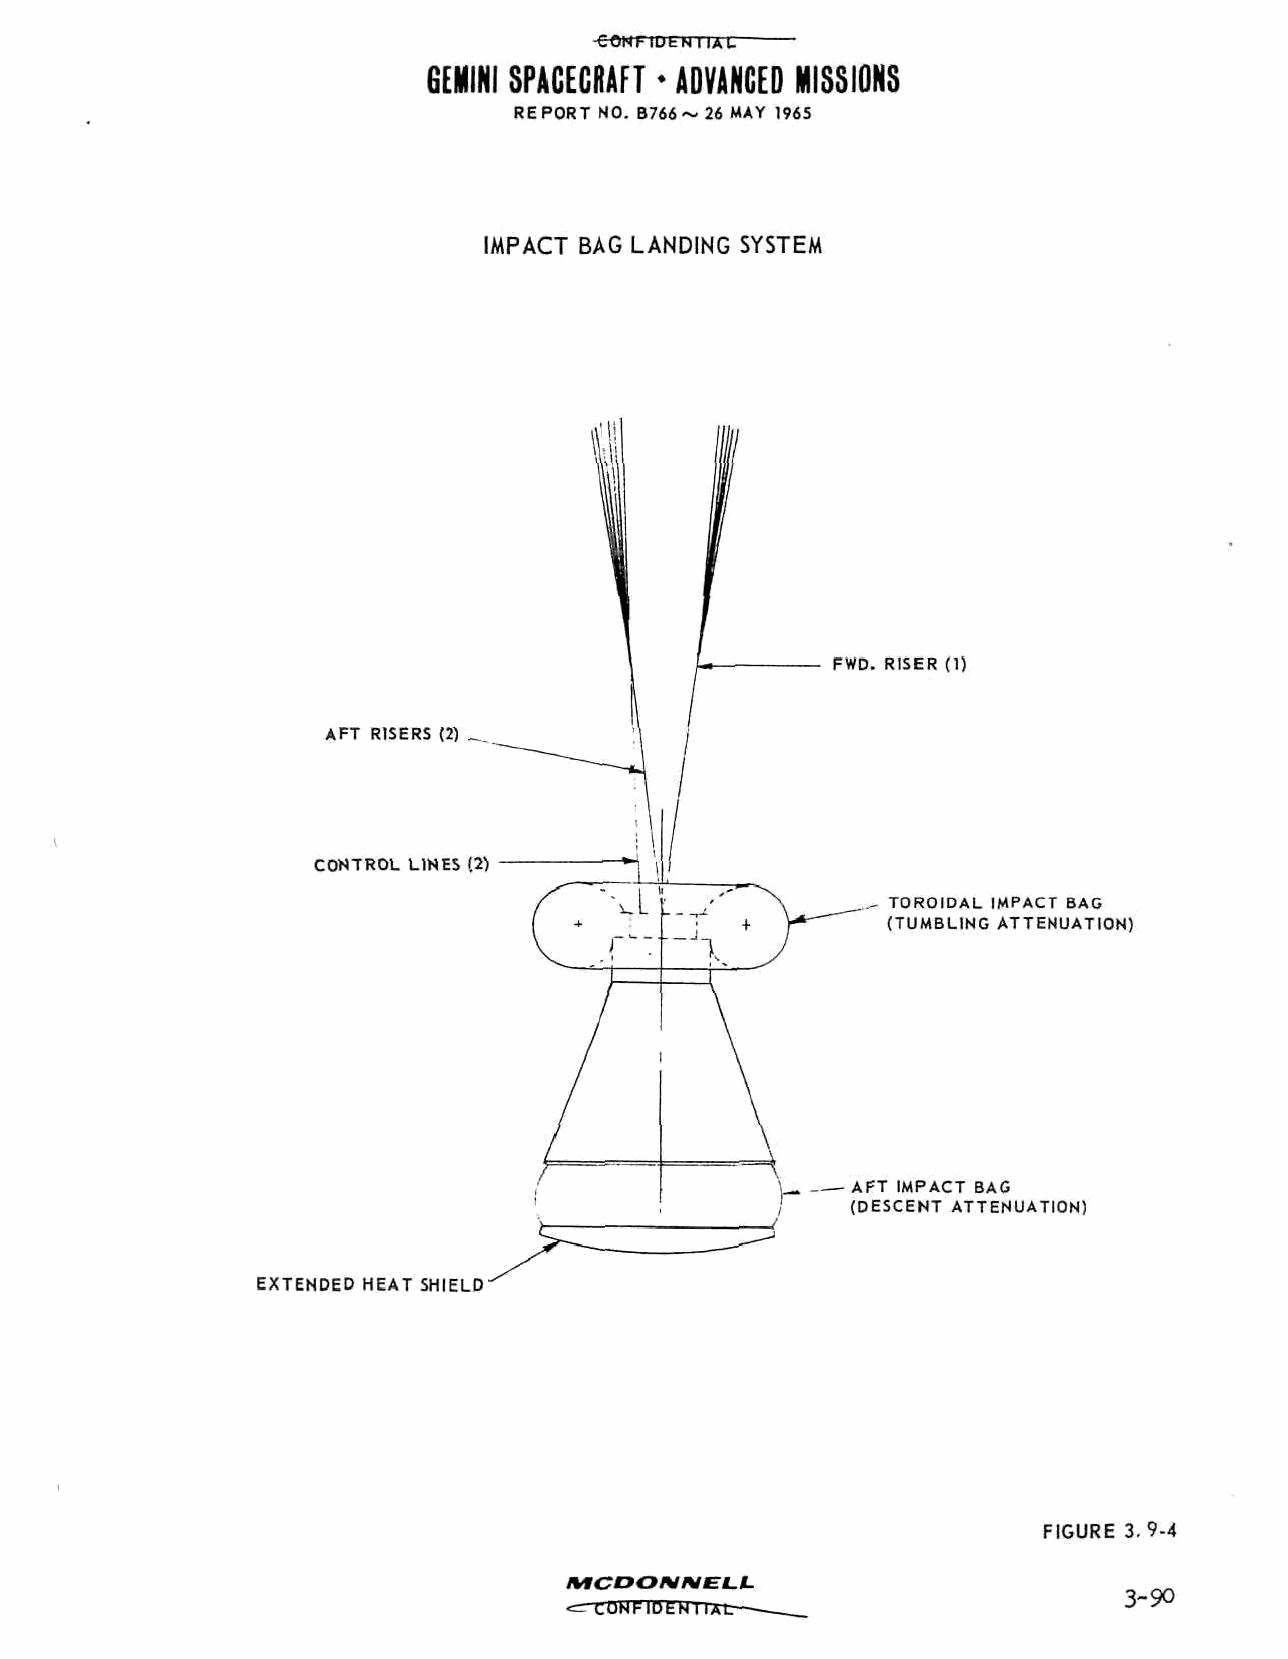
-eONFiaENIIAU
 GEMINI SPACECRAFT * ADVANCED MISSIONS
 REPORT NO. B766~ 26 MAY 1965
 IMPACT BAG LANDING SYSTEM
 FWD. RISER (1)
 AFT RISERS (2)
 CONTROL LINES (2)
 TOROIDAL IMPACT BAG
 (TUMBLING ATTENUATION)
 — AFT IMPACT BAG
 (DESCENT ATTENUATION)
 EXTENDED HEAT SHIELD
 FIGURE 3.9-4
 MCDOW/VELL
 3-90
 <r-rONFIDEHTnct